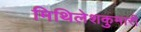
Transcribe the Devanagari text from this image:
मिथिलेशकुमारी